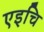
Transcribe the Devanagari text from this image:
एइचि